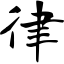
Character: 律